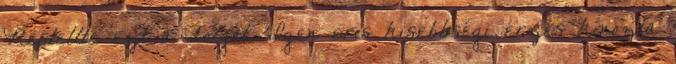
Restellte ezt a dolgot. Igen erıs kisebbségi érzés kínozta